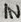
Text: IN